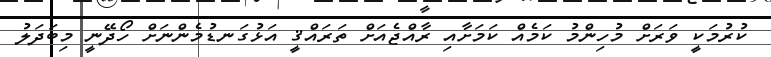
ކުރުމަކީ ވަރަށް މުހިންމު ކަމެއް ކަމަށާއި ރާއްޖެއަށް ތަރައްޤީ އަޅުގަނޑުމެންނަށް ހޯދޭނީ މިބަދަލު